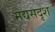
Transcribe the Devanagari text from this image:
मद्यसदृश